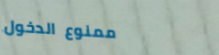
ممنوع الدخول